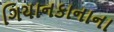
ગિયાનકાનાના